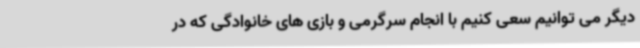
دیگر می توانیم سعی کنیم با انجام سرگرمی و بازی های خانوادگی که در